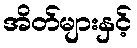
အိတ်များနှင့်